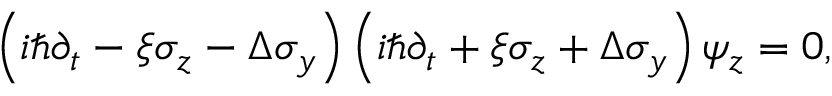
\begin{array} { r } { \left( i \hbar \partial _ { t } - \xi \sigma _ { z } - \Delta \sigma _ { y } \right) \left( i \hbar \partial _ { t } + \xi \sigma _ { z } + \Delta \sigma _ { y } \right) \psi _ { z } = 0 , } \end{array}